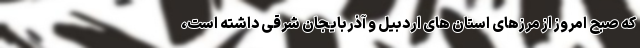
که صبح امروز از مرزهای استان های اردبیل و آذربایجان شرقی داشته است،